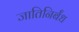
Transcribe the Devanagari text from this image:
जातिनिर्बंध